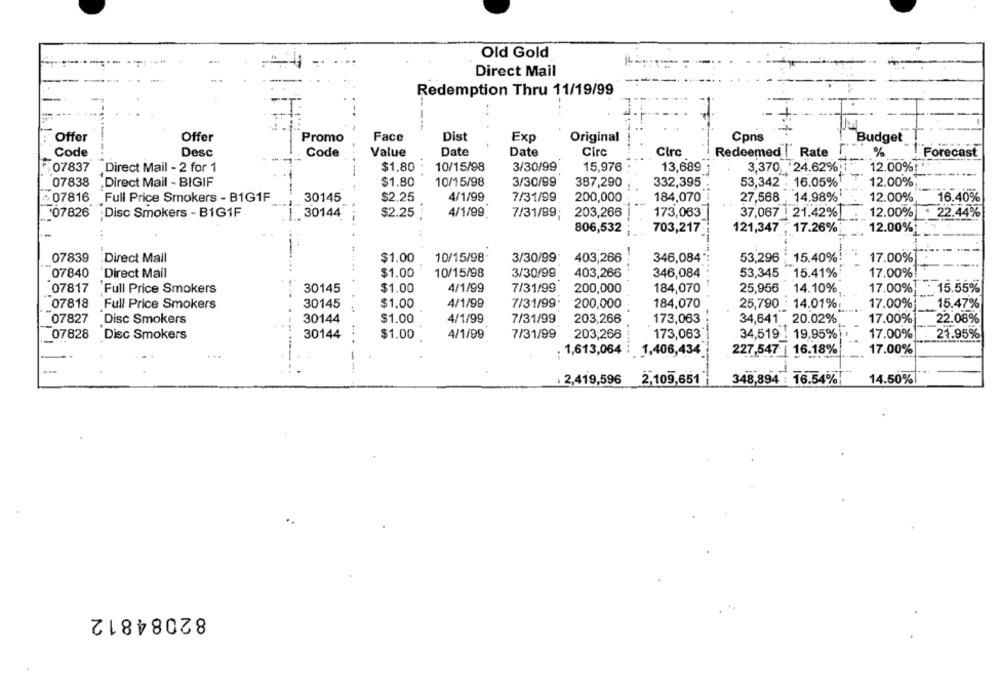
Old Gold
Direct Mail
Redemption Thru 11/19/99
Offer
Offer
Promo
Face
Dist
Exp
Original
Cpns
Budget
Code
Desc
Code
Value
Date
Date
Circ
Circ
Redeemed Rate
%
Forecast
07837
$1.80
10/15/98
3/30/99
15,976
Direct Mail - 2 for 1
13,689
3,370 24.62%
12.00%!
3/30/99
07838
Direct Mail - BIGIF
$1.80
10/15/98
387,290
332,395
53,342 . 16.05%
12.00%
+07816 Full Price Smokers - B1G1F
30145
$2.25
4/1/99
7/31/99
200,000
184,070
27,568
14.98%
12.00%
16.40%
'07826
Disc Smokers - B1G1F
$2.25
4/1/99.
7/31/99:
203,266
173,063
37,067 | 21.42%
12.00%
22.44%
.1 .. 30144
806,532
121,347 .17.26%
703,217
12.00%
3/30/99
403,266
-
07839
.Direct Mail
$1.00
10/15/98
346,084
53,296
15.40%
17.00%
07840
Direct Mail
$1.00
10/15/98
3/30/99
403,266
346,084
53,345
15.41%
17.00%
07817
Full Price Smokers
30145
$1.00
4/1/99
7/31/99
200,000
184,070
25,956
14.10%
17.00%
15.55%
07818
Full Price Smokers
30145
$1.00
4/1/99
7/31/99.
200,000
184,070
25,790 : 14.01%
17.00%
15.47%
07827
30144
$1.00
4/1/99
7/31/99
203,266
173,063
34,641 20.02%
17.00%
22.08%
Disc Smokers
07828
Disc Smokers
30144
$1.00
4/1/99
7/31/99
203,266
173,063
34,519
19.95%
17.00%
21.95%
: 1,613,064
. 1,406,434
227,547 | 16.18%
17.00%
. 2,419,596
2,109,651
348,894 : 16.54%!
14.50%
82084812